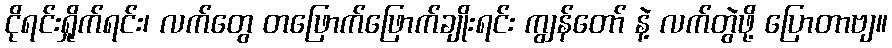
ငိုရင်းရှိုက်ရင်း၊ လက်တွေ တဖြောက်ဖြောက်ချိုးရင်း ကျွန်တော် နဲ့ လက်တွဲဖို့ ပြောတာဗျ။